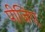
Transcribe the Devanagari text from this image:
पीजिए